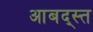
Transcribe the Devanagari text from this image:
आबद्स्त